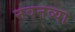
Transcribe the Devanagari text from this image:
नवनव्‍या